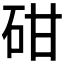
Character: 𥑠